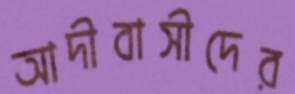
আদীবাসীদের